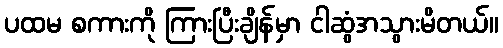
ပထမ စကားကို ကြားပြီးချိန်မှာ ငါဆွံအသွားမိတယ်။